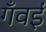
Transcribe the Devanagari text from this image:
गँवईं